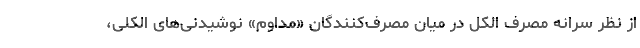
از نظر سرانه مصرف الکل در میان مصرف‌کنندگان «مداوم» نوشیدنی‌های الکلی،